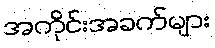
အကိုင်းအခက်များ